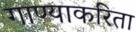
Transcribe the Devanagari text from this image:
गाण्याकरिता